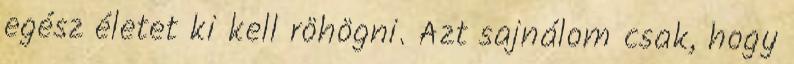
egész életet ki kell röhögni. Azt sajnálom csak, hogy